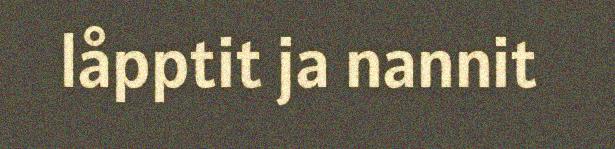
låpptit ja nannit